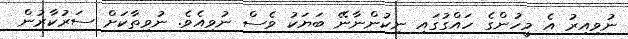
ނުވިއިރު އެ މީހުންގެ ހައްގުގައި ނިކުންނާނޭ ބަޔަކު ވެސް ނުވިއެވެ. ނުވިތާކަށް ސަރުކާރުން